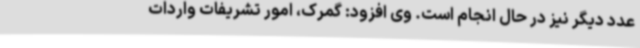
عدد دیگر نیز در حال انجام است. وی افزود: گمرک، امور تشریفات واردات